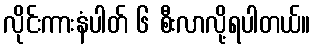
လိုင်းကားနံပါတ် ၆ စီးလာလို့ရပါတယ်။